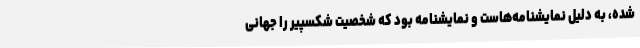
شده، به دلیل نمایشنامه‌هاست و نمایشنامه بود که شخصیت شکسپیر را جهانی